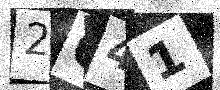
Text: 2Q41